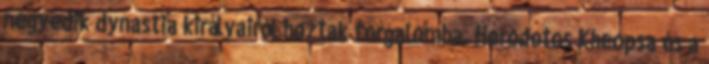
negyedik dynastia királyairól hoztak forgalomba. Herodotos Kheopsa és a